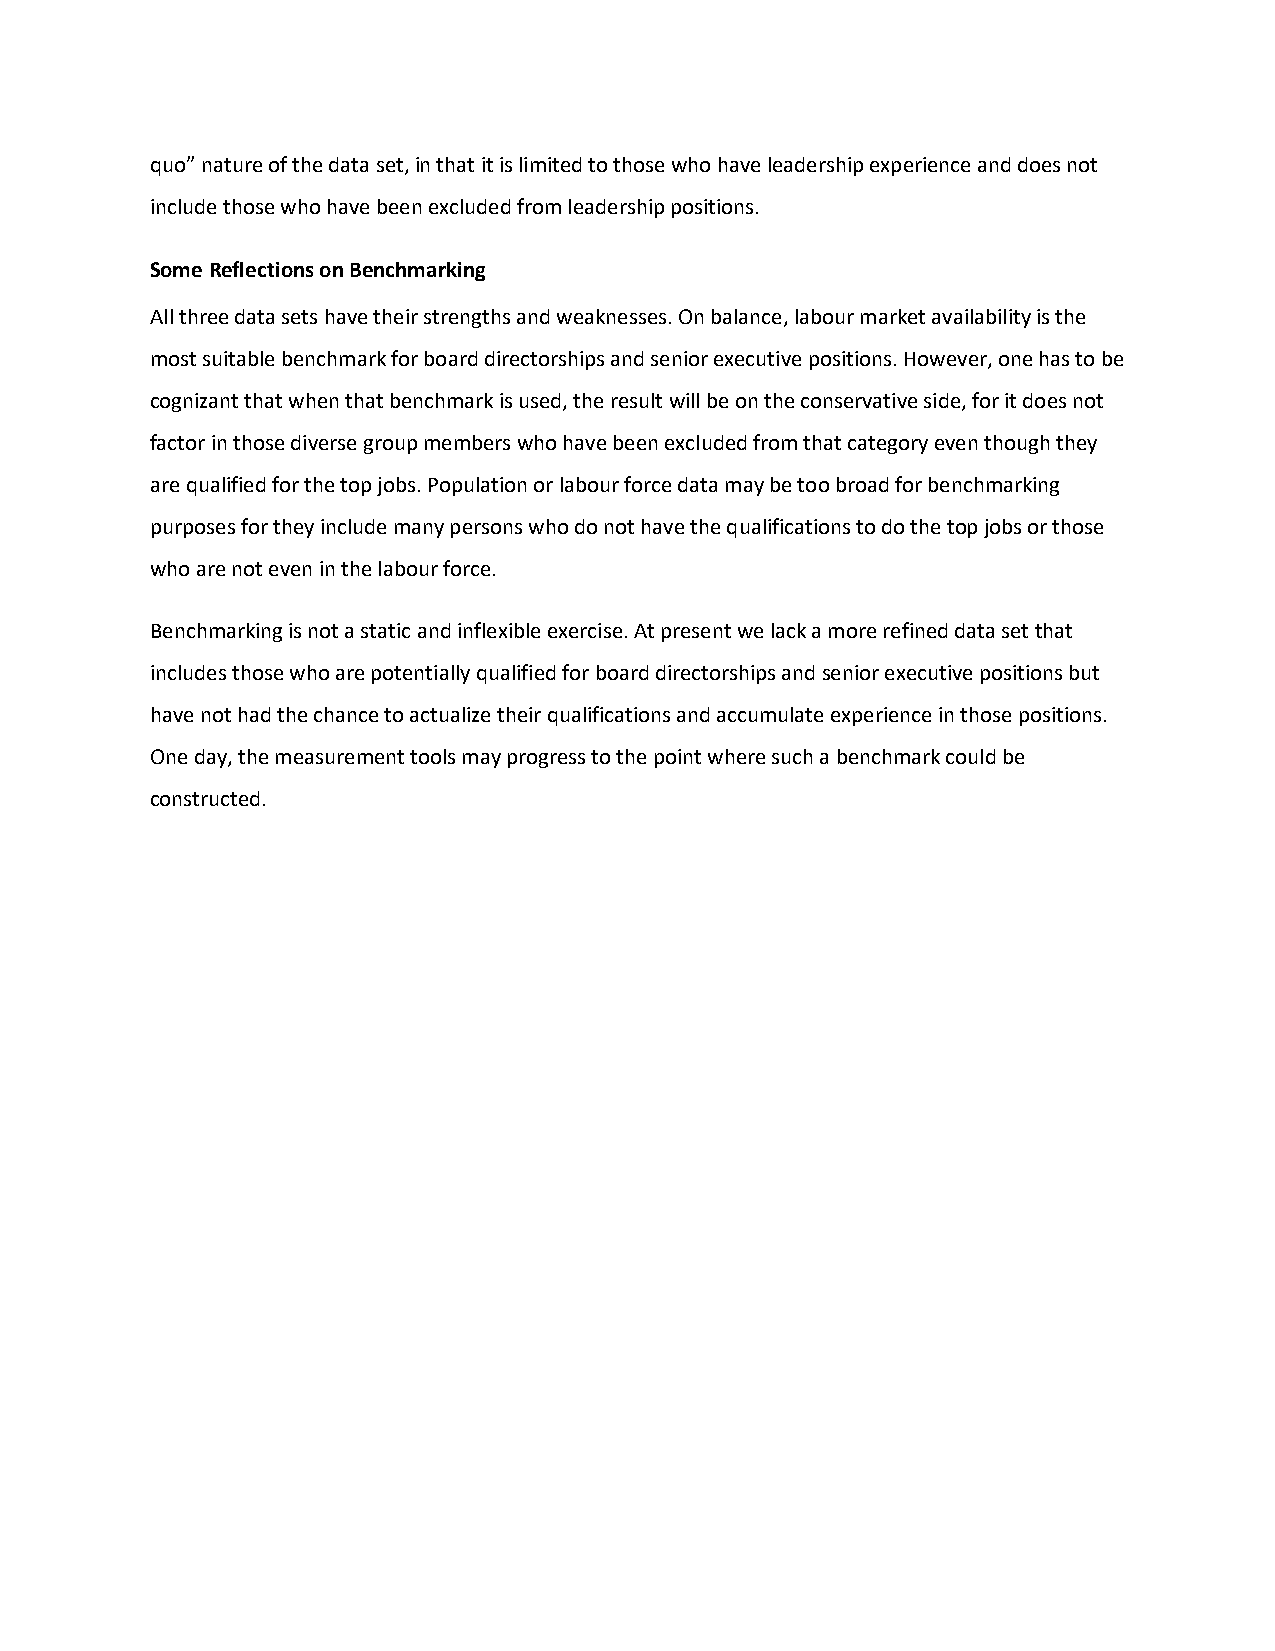
quo” nature of the data set, in that it is limited to those who have leadership experience and does not
 include those who have been excluded from leadership positions.
 Some Reflections on Benchmarking
 All three data sets have their strengths and weaknesses. On balance, labour market availability is the
 most suitable benchmark for board directorships and senior executive positions. However, one has to be
 cognizant that when that benchmark is used, the result will be on the conservative side, for it does not
 factor in those diverse group members who have been excluded from that category even though they
 are qualified for the top jobs. Population or labour force data may be too broad for benchmarking
 purposes for they include many persons who do not have the qualifications to do the top jobs or those
 who are not even in the labour force.
 Benchmarking is not a static and inflexible exercise. At present we lack a more refined data set that
 includes those who are potentially qualified for board directorships and senior executive positions but
 have not had the chance to actualize their qualifications and accumulate experience in those positions.
 One day, the measurement tools may progress to the point where such a benchmark could be
 constructed.